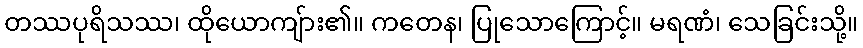
တဿပုရိသဿ၊ ထိုယောကျ်ား၏။ ကတေန၊ ပြုသောကြောင့်။ မရဏံ၊ သေခြင်းသို့။